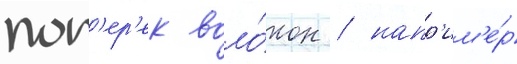
поп'ер'ек воло́кон / напр'им'е́р